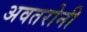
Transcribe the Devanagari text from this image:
अवतरोनी